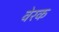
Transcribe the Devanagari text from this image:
वेरक